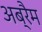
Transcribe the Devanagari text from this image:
अब्रैम